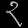
Digit: ၃